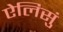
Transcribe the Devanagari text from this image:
ऐलिसुं